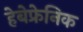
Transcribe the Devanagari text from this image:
हेबेफ्रेनिक